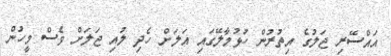
އައްސޭރި ޖަލުގެ އިތުރުން ހުޅުމާލޭގައި އަލަށް ހެދި ލުއި ޖަލަށް ވެސް މީހުން